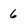
Character: 6